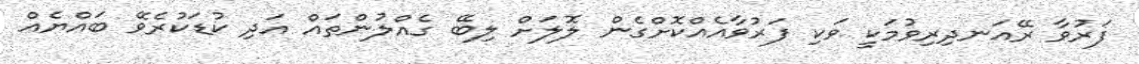
ފަރުވާ ރޭއަނދިރިވުމަކީ ވަކި ފަރުވާއެއްކޮށްގެން ލޮލަށް ލިބޭ ގެއްލުންތައް އަދި ކުޑަކުރެވޭ ބައްޔެއް